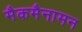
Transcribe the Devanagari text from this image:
मैकमैनामन